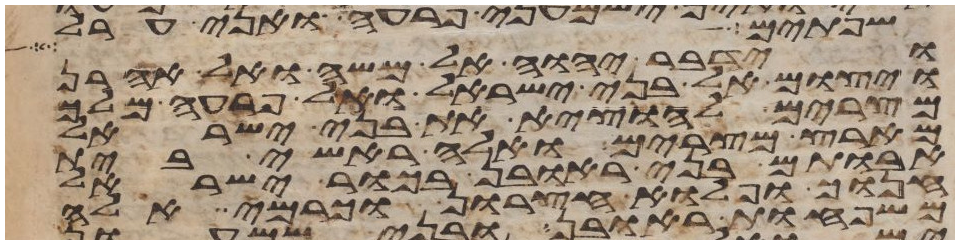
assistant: וששים אלף ושלש
וידבר יהוה אל משה ואל אהרן
ויצום אל בני ישראל ואל פרעה מלך
מצרים להוציא את בני ישראל
מארץ מצרים ואלה ראשי בית
אבותם בני ראובן בכור ישראל
חנוך ופלוא חצרון וכרמי אלה